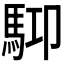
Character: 𩢞